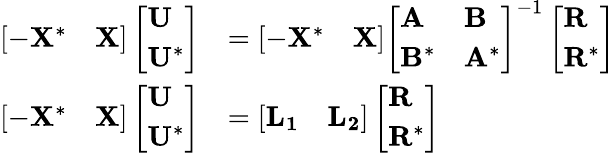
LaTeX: \begin{array}{rl}{\left[\begin{array}{ll}{-\mathbf{X}^{*}}&{\mathbf{X}}\end{array}\right]\left[\begin{array}{l}{\mathbf{U}}\\ {\mathbf{U}^{*}}\end{array}\right]}&{=\left[\begin{array}{ll}{-\mathbf{X}^{*}}&{\mathbf{X}}\end{array}\right]\left[\begin{array}{ll}{\mathbf{A}}&{\mathbf{B}}\\ {\mathbf{B}^{*}}&{\mathbf{A}^{*}}\end{array}\right]^{-1}\left[\begin{array}{l}{\mathbf{R}}\\ {\mathbf{R}^{*}}\end{array}\right]}\\ {\left[\begin{array}{ll}{-\mathbf{X}^{*}}&{\mathbf{X}}\end{array}\right]\left[\begin{array}{l}{\mathbf{U}}\\ {\mathbf{U}^{*}}\end{array}\right]}&{=\left[\begin{array}{ll}{\mathbf{L_{1}}}&{\mathbf{L_{2}}}\end{array}\right]\left[\begin{array}{l}{\mathbf{R}}\\ {\mathbf{R}^{*}}\end{array}\right]}\end{array}